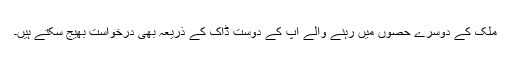
ملک کے دوسرے حصوں میں رہنے والے آپ کے دوست ڈاک کے ذریعہ بھی درخواست بھیج سکتے ہیں۔